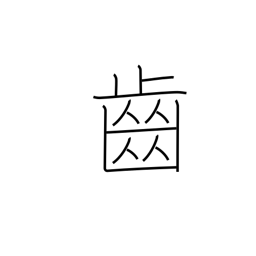
Meaning: cog